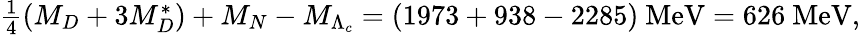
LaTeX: \textstyle{\frac{1}{4}}(M_{D}+3M_{D}^{*})+M_{N}-M_{\Lambda_{c}}=(1973+938-2285)\mathrm{~MeV}=626\mathrm{~MeV},